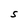
Character: S